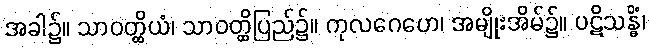
အခါ၌။ သာဝတ္ထိယံ၊ သာဝတ္ထိပြည်၌။ ကုလဂေဟေ၊ အမျိုးအိမ်၌။ ပဋိသန္ဓိံ၊